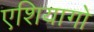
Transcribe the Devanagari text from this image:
एशियागो